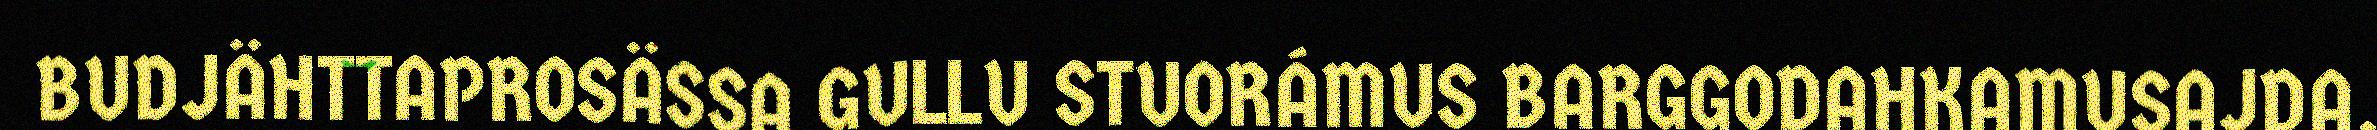
BUDJÄHTTAPROSÄSSA GULLU STUORÁMUS BARGGODAHKAMUSAJDA.